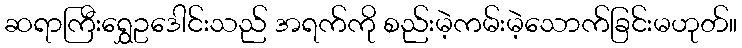
ဆရာကြီးရွှေဥဒေါင်းသည် အရက်ကို စည်းမဲ့ကမ်းမဲ့သောက်ခြင်းမဟုတ်။